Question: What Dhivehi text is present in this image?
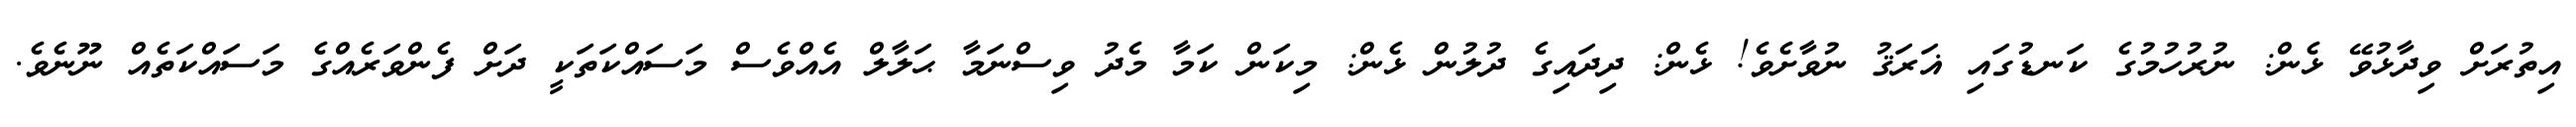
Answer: އިތުރަށް ވިދާޅުވޭ ޅެން: ނުރުހުމުގެ ކަނޑުގައި ޣަރަޤު ނުވާށެވެ! ޅެން: ދިދައިގެ ދުލުން ޅެން: މިކަން ކަމާ މެދު ވިސްނަމާ ޙަލާލް އެއްވެސް މަސައްކަތަކީ ދަށް ފެންވަރެއްގެ މަސައްކަތެއް ނޫނެވެ.